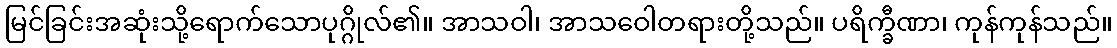
မြင်ခြင်းအဆုံးသို့ရောက်သောပုဂ္ဂိုလ်၏။ အာသဝါ၊ အာသဝေါတရားတို့သည်။ ပရိက္ခီဏာ၊ ကုန်ကုန်သည်။